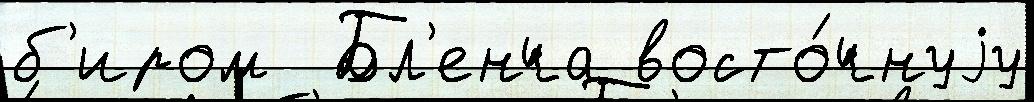
б'иром  Бл'енча восто́чнуjу